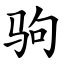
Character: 驹